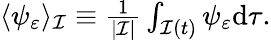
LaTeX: \begin{array}{r}{\langle\psi_{\varepsilon}\rangle_{\mathcal I}\equiv\frac{1}{|\mathcal I|}\int_{\mathcal{I}(t)}\psi_{\varepsilon}\mathrm{d}\tau.}\end{array}